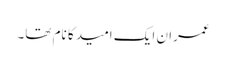
عمران ایک امید کا نام تھا۔